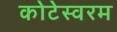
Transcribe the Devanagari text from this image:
कोटेस्वरम